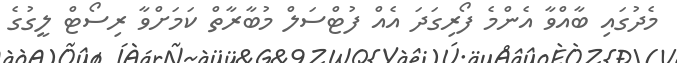
މެދުގައި ބާއްވާ އެންމެ ފޯރިގަދަ އެއް ފުޓްސަލް މުބާރާތް ކަމަށްވާ ރިސޯޓް ލީގުގެ